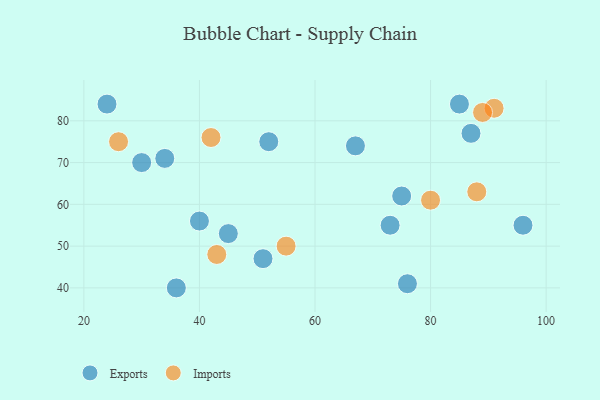
{"axis": {"x": "GDP", "y": "Life Expectancy"}, "legend": ["Exports", "Imports"], "data": [{"x": "67", "y": 74, "type": "Exports"}, {"x": "87", "y": 77, "type": "Exports"}, {"x": "40", "y": 56, "type": "Exports"}, {"x": "45", "y": 53, "type": "Exports"}, {"x": "36", "y": 40, "type": "Exports"}, {"x": "75", "y": 62, "type": "Exports"}, {"x": "96", "y": 55, "type": "Exports"}, {"x": "76", "y": 41, "type": "Exports"}, {"x": "34", "y": 71, "type": "Exports"}, {"x": "24", "y": 84, "type": "Exports"}, {"x": "85", "y": 84, "type": "Exports"}, {"x": "52", "y": 75, "type": "Exports"}, {"x": "51", "y": 47, "type": "Exports"}, {"x": "73", "y": 55, "type": "Exports"}, {"x": "30", "y": 70, "type": "Exports"}, {"x": "80", "y": 61, "type": "Imports"}, {"x": "91", "y": 83, "type": "Imports"}, {"x": "43", "y": 48, "type": "Imports"}, {"x": "55", "y": 50, "type": "Imports"}, {"x": "42", "y": 76, "type": "Imports"}, {"x": "88", "y": 63, "type": "Imports"}, {"x": "89", "y": 82, "type": "Imports"}, {"x": "26", "y": 75, "type": "Imports"}]}